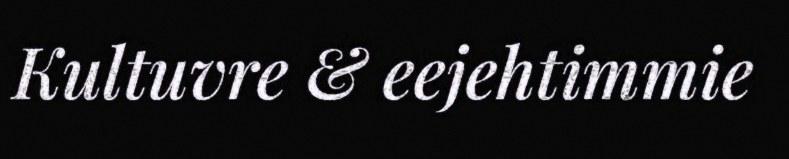
Kultuvre & eejehtimmie